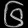
Digit: ၆